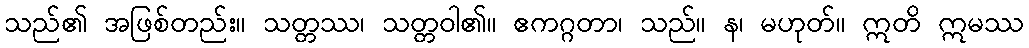
သည်၏ အဖြစ်တည်း။ သတ္တဿ၊ သတ္တဝါ၏။ ဧကဂ္ဂတာ၊ သည်။ န၊ မဟုတ်။ ဣတိ ဣမဿ